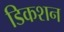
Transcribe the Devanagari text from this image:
डिकशन